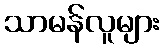
သာမန်လူများ